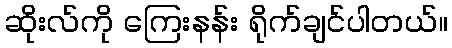
ဆိုးလ်ကို ကြေးနန်း ရိုက်ချင်ပါတယ်။